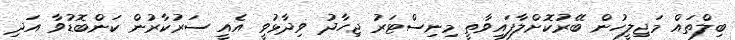
ބިލްތައް މަޖިލީހުން ބޭރުކޮށްލާފައިވާތީ މިނިސްޓަރު ޖިހާދު ވިދާޅުވީ އެއީ ސަރުކާރުން ކަންބޮޑުވާ އަދި